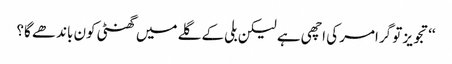
‘‘تجویز تو گرامر کی اچھی ہے لیکن بلی کے گلے میں گھنٹی کون باندھے گا؟